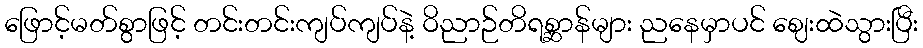
ဖြောင့်မတ်စွာဖြင့် တင်းတင်းကျပ်ကျပ်နဲ့ ဝိညာဉ်တိရစ္ဆာန်များ ညနေမှာပင် ဈေးထဲသွားပြီး